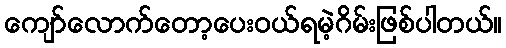
ကျော်လောက်တော့ပေးဝယ်ရမဲ့ဂိမ်းဖြစ်ပါတယ်။